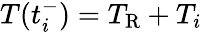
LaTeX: T(t_{i}^{-})=T_{\mathrm{R}}+T_{i}